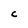
Character: C